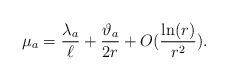
LaTeX: \begin{align*}\mu_a = \frac{\lambda_a}{\ell} + \frac{\vartheta_a}{2r}+O(\frac{\ln(r)}{r^2}).\end{align*}